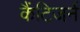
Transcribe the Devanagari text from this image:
कैंटिजर्न